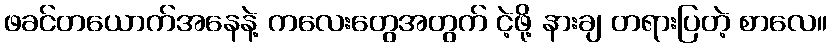
ဖခင်တယောက်အနေနဲ့ ကလေးတွေအတွက် ငဲ့ဖို့ နားချ တရားပြတဲ့ စာလေ။